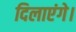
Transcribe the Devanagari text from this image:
दिलाएंगे।